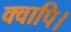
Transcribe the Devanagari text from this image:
क्वापि।